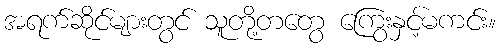
အရက်ဆိုင်များတွင် သူတို့တတွေ ကြွေးနှင့်မကင်း။